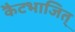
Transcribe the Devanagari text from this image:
कैटभाजित्